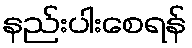
နည်းပါးစေရန်